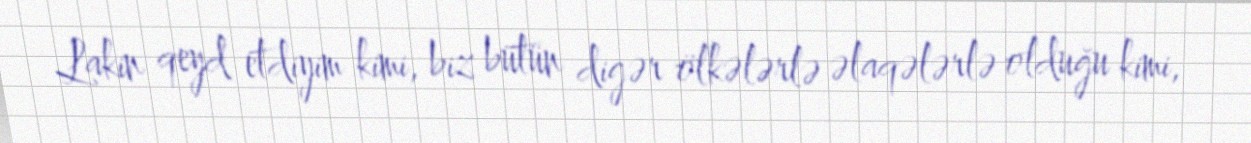
Lakin qeyd etdiyim kimi, biz bütün digər ölkələrlə əlaqələrlə olduğu kimi,